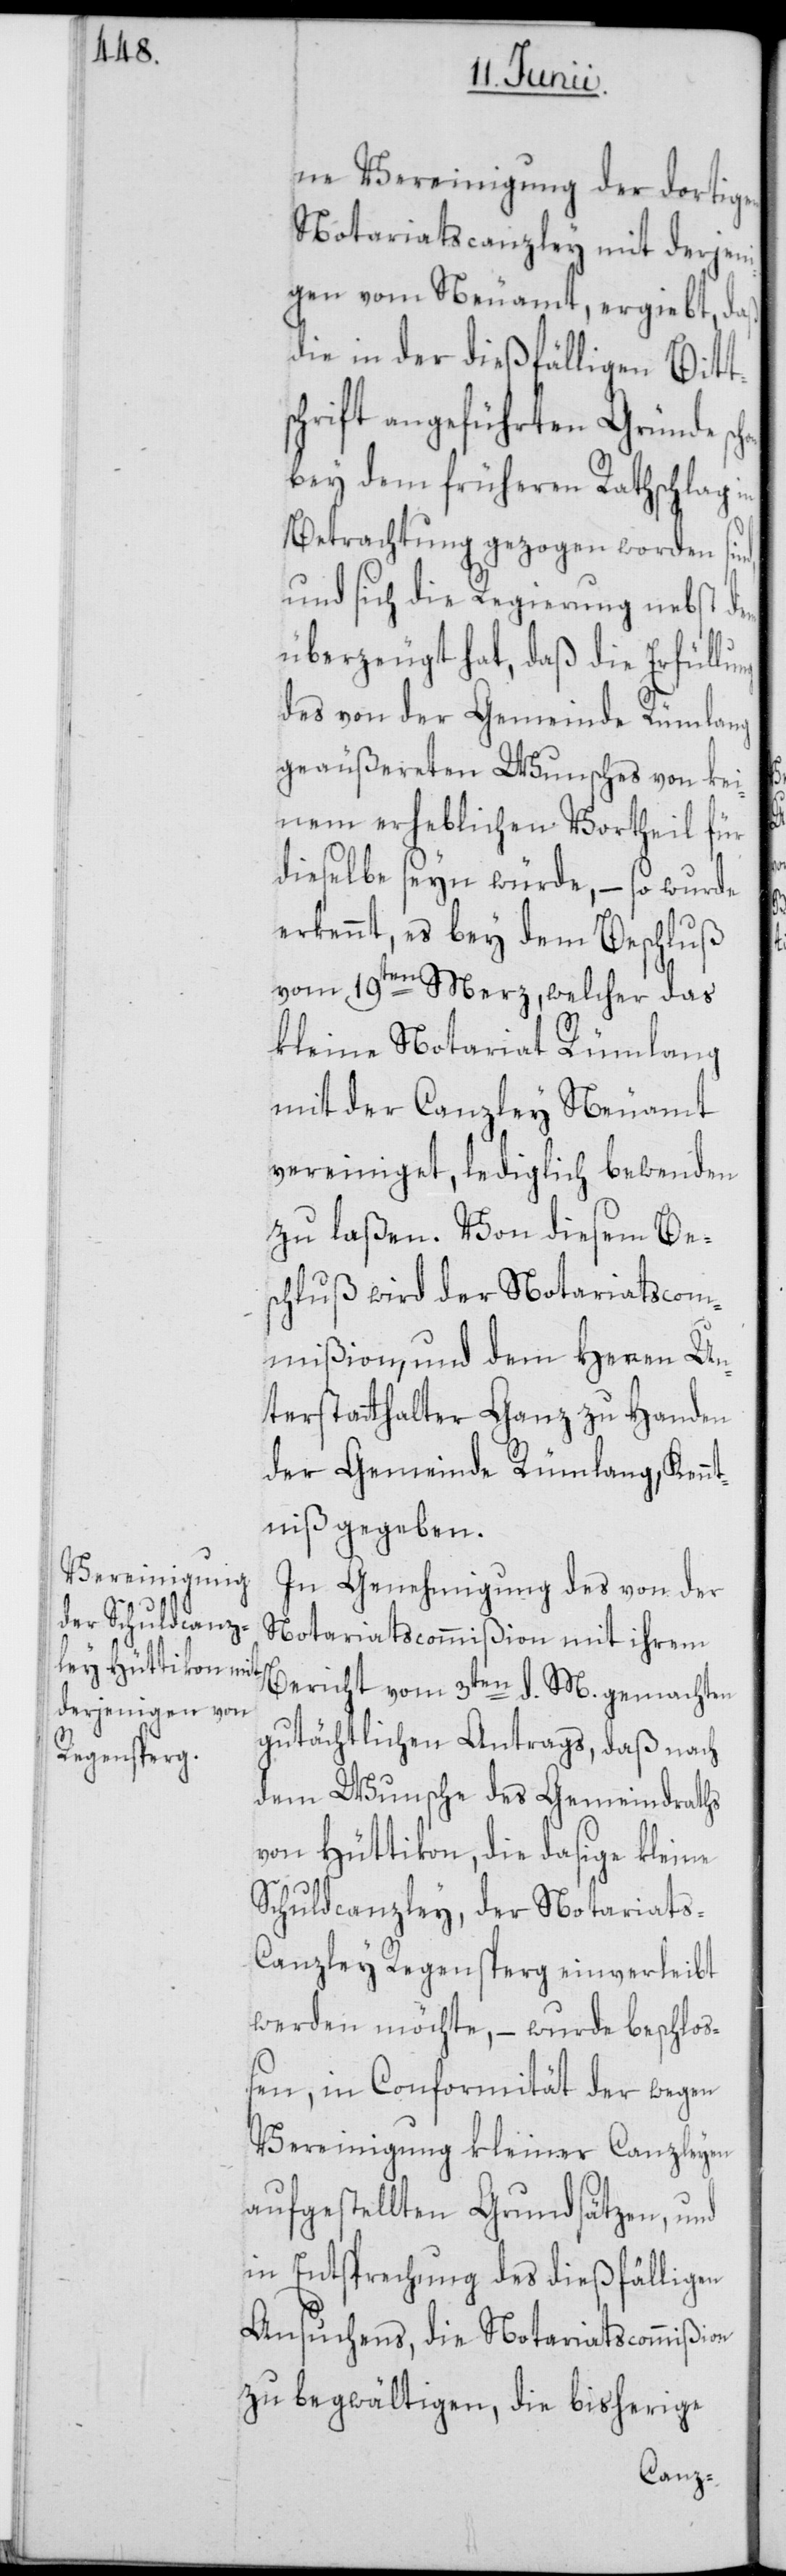
ng

ne Vereinigung der dortigen
Notariatscanzley mit derjeni¬
gen vom Neuamt, ergiebt, daß
die in der dießfälligen Bitt¬
schrift angeführten Gründe
bey dem früheren Rathschlag in
Betrachtung gezogen worden sind,
und sich die Regierung nebst dem
überzeugt hat, daß die Erfüllu¬
des von der Gemeinde Rümlang
geäußereten Wunsches von kei¬
nem erheblichen Vortheil für
dieselbe seyn würde, – so wurde
erkennt, es bey dem Beschluß
vom 19ten Merz, welcher das
kleine Notariat Rümlang
mit der Canzley Neuamt
vereiniget, lediglich bewenden
zu laßen. Von diesem Bes¬
chluß wird der Notariatscom¬
mißion, und dem Herren Un¬
terstatthalter Ganz zu Handen
der Gemeinde Rümlang, Kennt¬
niß gegeben.
In Genehmigung des von der
Notariatscommißion mit ihrem
Bericht vom 3ten d. M. gemachten
gutächtlichen Antrags, daß nach
dem Wunsche des Gemeindraths
von Hüttikon, die dasige kleine
Schuldcanzley, der Notariats-C¬
anzley Regensperg einverleibt
werden möchte, – wurde beschloß¬
en, in Conformität der wegen
Vereinigung kleiner Canzleyen
aufgestellten Grundsätzen, und
in Entsprechung des dießfälligen
Ansuchens, die Notariatscommißion
zu begwältigen, die bisherige